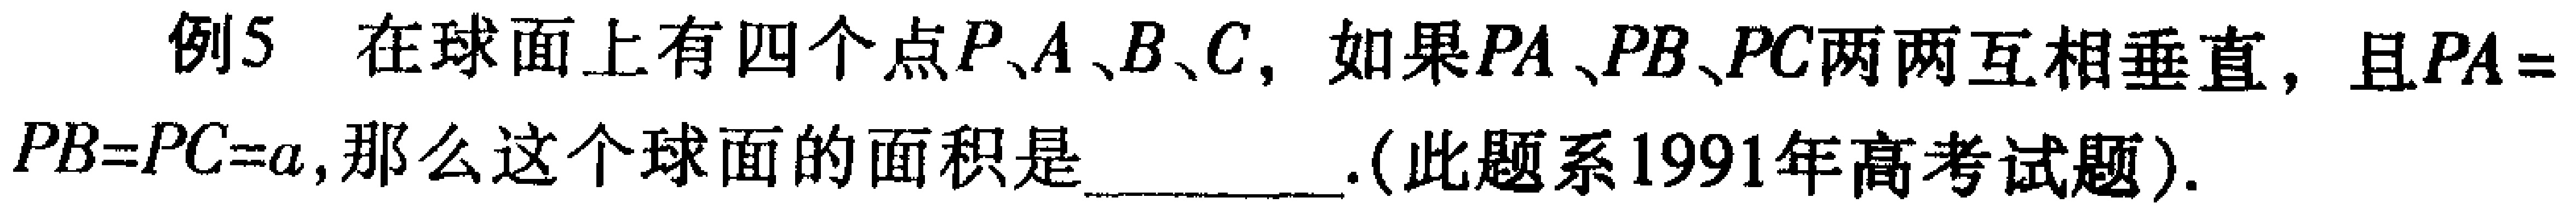
例5 在球面上有四个点\(P、A、B、C\)，如果\(PA、PB、PC\)两两互相垂直，且\(PA = PB = PC = a\)，那么这个球面的面积是________.(此题系1991年高考试题).